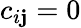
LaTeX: c_{i\mathbf{j}}=0